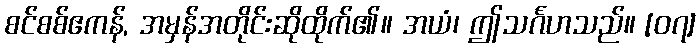
စင်စစ်ဧကန်, အမှန်အတိုင်းဆိုထိုက်၏။ အယံ၊ ဤသင်္ဂဟသည်။ [၀၇]